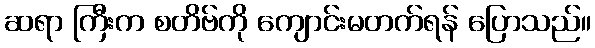
ဆရာ ကြီးက စတိဗ်ကို ကျောင်းမတက်ရန် ပြောသည်။